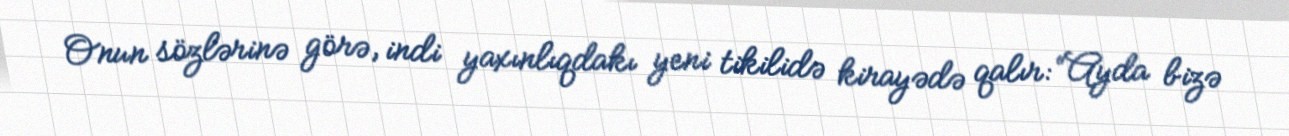
Onun sözlərinə görə, indi yaxınlıqdakı yeni tikilidə kirayədə qalır: “Ayda bizə